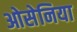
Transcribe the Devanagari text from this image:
ओसेनिया